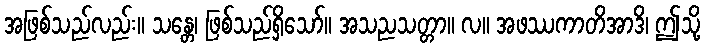
အဖြစ်သည်လည်း။ သန္တေ၊ ဖြစ်သည်ရှိသော်။ အသညသတ္တာ။ လ။ အဖဿကာတိအာဒိ၊ ဤသို့